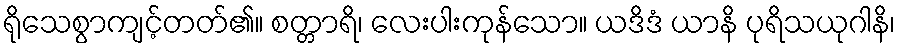
ရိုသေစွာကျင့်တတ်၏။ စတ္တာရိ၊ လေးပါးကုန်သော။ ယဒိဒံ ယာနိ ပုရိသယုဂါနိ၊